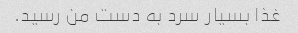
غذا بسیار سرد به دست من رسید.